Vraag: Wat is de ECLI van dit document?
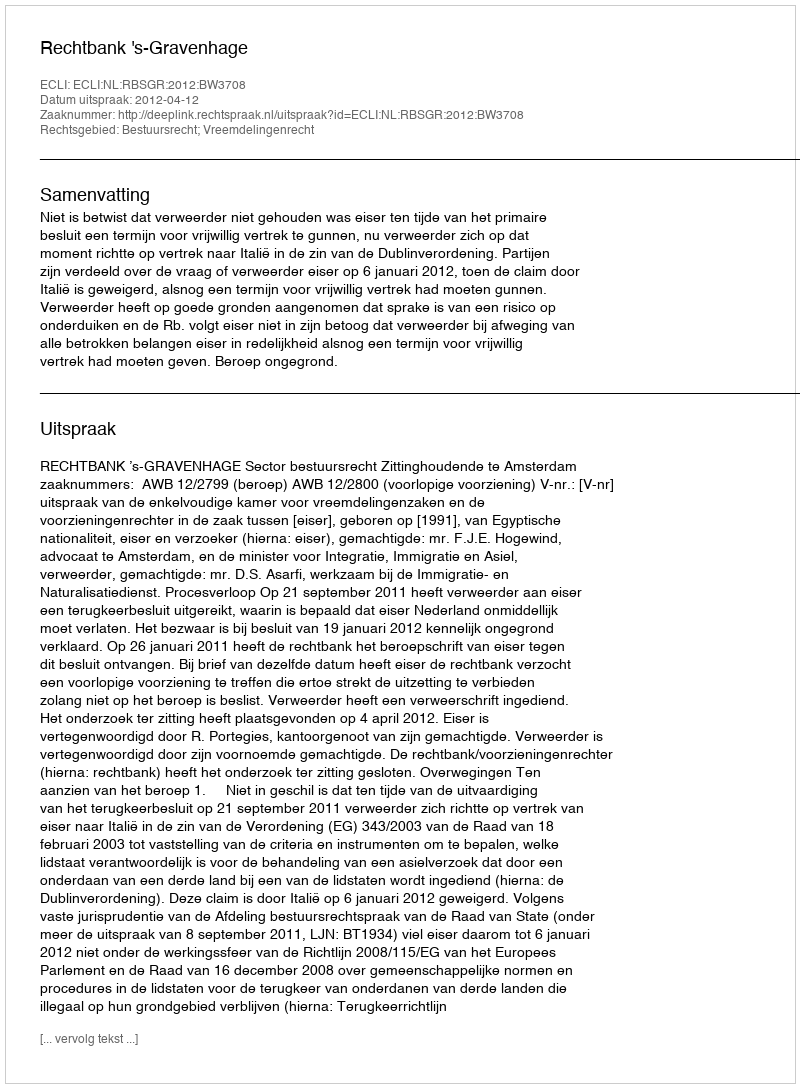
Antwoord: ECLI:NL:RBSGR:2012:BW3708